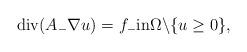
LaTeX: \begin{align*}\mbox{div}( A_- \nabla u) = f_{-} \mbox{in} \Omega \backslash \{u \ge 0\},\end{align*}